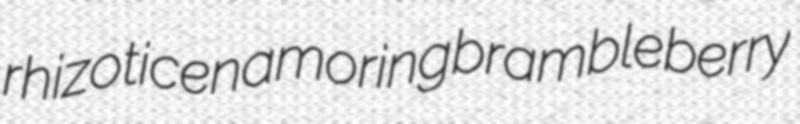
rhizotic enamoring brambleberry